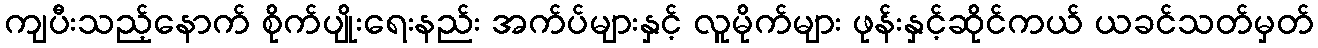
ကျပီးသည့်နောက် စိုက်ပျိုးရေးနည်း အက်ပ်များနှင့် လူမိုက်များ ဖုန်းနှင့်ဆိုင်ကယ် ယခင်သတ်မှတ်